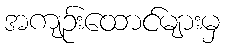
အကျဉ်းထောင်များမှ